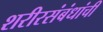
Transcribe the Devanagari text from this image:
शरीरसंबंधांची